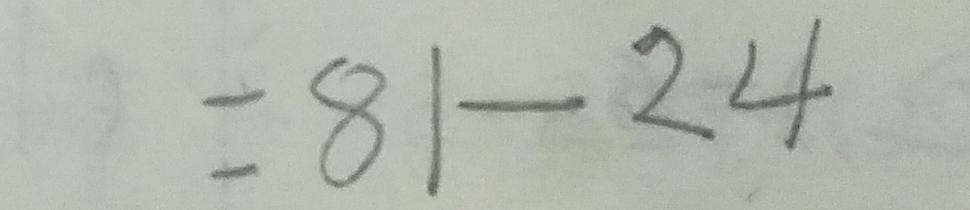
= 8 1 - 2 4